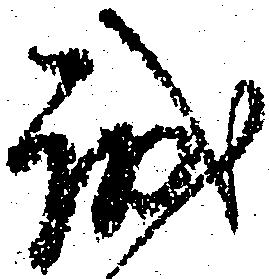
誠